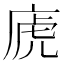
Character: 𢈶